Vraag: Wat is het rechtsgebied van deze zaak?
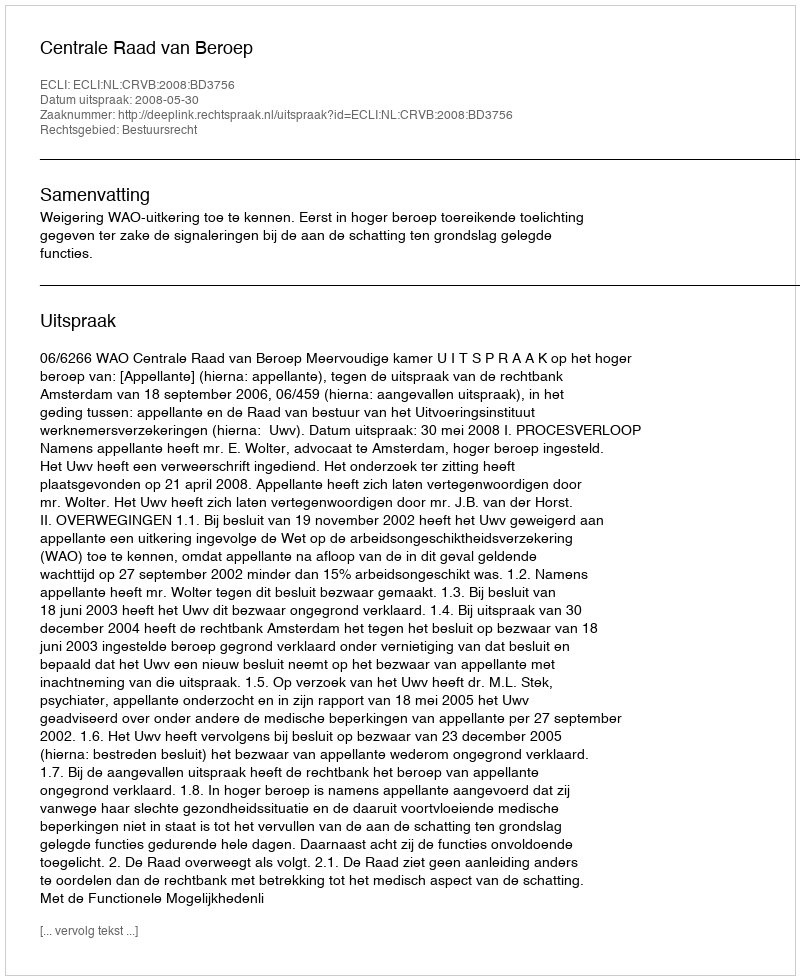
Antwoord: Bestuursrecht